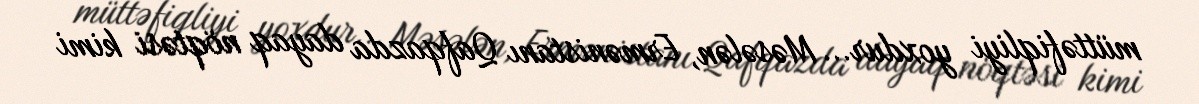
müttəfiqliyi yoxdur... Məsələn, Ermənistanı Qafqazda dayaq nöqtəsi kimi